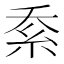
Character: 𱹬